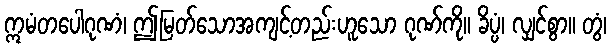
ဣမံတပေါဂုဏံ၊ ဤမြတ်သောအကျင့်တည်းဟူသော ဂုဏ်ကို။ ခိပ္ပံ၊ လျှင်စွာ။ တွံ၊